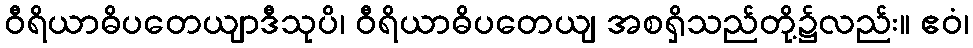
ဝီရိယာဓိပတေယျာဒီသုပိ၊ ဝီရိယာဓိပတေယျ အစရှိသည်တို့၌လည်း။ ဧဝံ၊